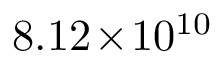
8 . 1 2 \! \times \! 1 0 ^ { 1 0 }